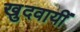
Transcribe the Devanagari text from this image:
खुदवायीं